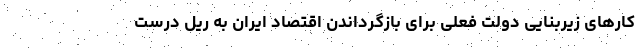
کارهای زیربنایی دولت فعلی برای بازگرداندن اقتصاد ایران به ریل درست